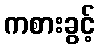
ကစားခွင့်